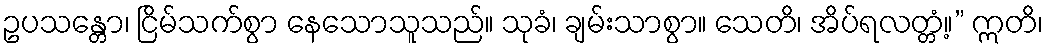
ဥပသန္တော၊ ငြိမ်သက်စွာ နေသောသူသည်။ သုခံ၊ ချမ်းသာစွာ။ သေတိ၊ အိပ်ရလတ္တံ့။” ဣတိ၊